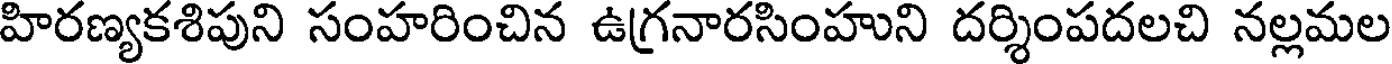
హిరణ్యకశిపుని సంహరించిన ఉగ్రనారసింహుని దర్శింపదలచి నల్లమల